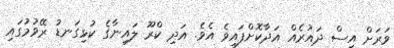
ވަރަށް އިސް ދައުރެއް އަދާކޮށްފައިވެ އެވެ. އަދި ކްރޫ ލައިނާގެ ކުޅިގަނޑު ރޭވުމުގައި